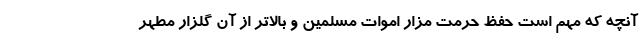
آنچه که مهم است حفظ حرمت مزار اموات مسلمین و بالاتر از آن گلزار مطهر